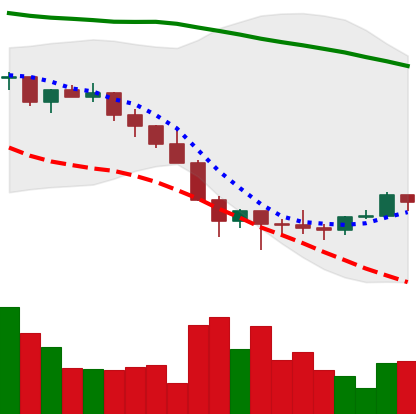
Ticker: LINK-USD
Chart end date: 2022-01-31
Forward return: 3.261%
Label: up_3_5